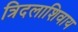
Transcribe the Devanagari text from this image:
त्रिदलाशिवाय